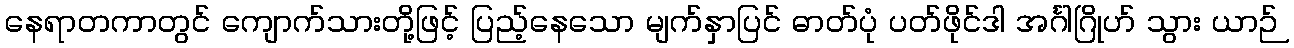
နေရာတကာတွင် ကျောက်သားတို့ဖြင့် ပြည့်နေသော မျက်နှာပြင် ဓာတ်ပုံ ပတ်ဖိုင်ဒါ အင်္ဂါဂြိုဟ် သွား ယာဉ်